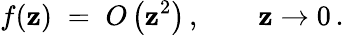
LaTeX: f(\mathbf{z})\; =\; O\left(\mathbf{z}^{2}\right)\, ,\qquad\mathbf{z}\to0\, .